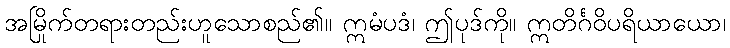
အမြိုက်တရားတည်းဟူသောစည်၏။ ဣမံပဒံ၊ ဤပုဒ်ကို။ ဣတိင်္ဂဝိပရိယာယော၊